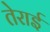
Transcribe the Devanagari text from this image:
तेराई